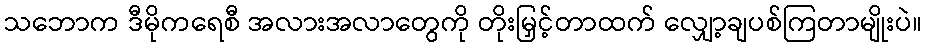
သဘောက ဒီမိုကရေစီ အလားအလာတွေကို တိုးမြှင့်တာထက် လျှော့ချပစ်ကြတာမျိုးပဲ။